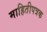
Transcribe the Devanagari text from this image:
माहितीपत्रक